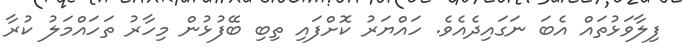
ފިލާވަޅުތައް އެބަ ނަގައިދެއެވެ. ހައްޔަރު ކޮށްފައި ތިބި ބޭފުޅުން މިހާރު ތަހައްމަލު ކުރާ